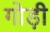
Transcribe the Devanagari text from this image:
गोड़ी